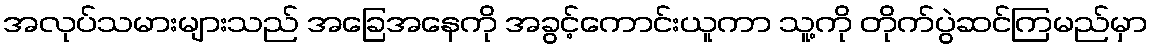
အလုပ်သမားများသည် အခြေအနေကို အခွင့်ကောင်းယူကာ သူ့ကို တိုက်ပွဲဆင်ကြမည်မှာ